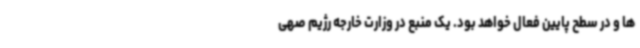
ها و در سطح پایین فعال خواهد بود. یک منبع در وزارت خارجه رژیم صهی